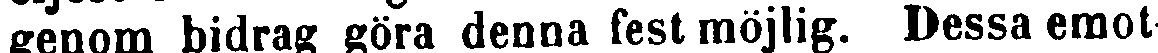
genom bidrag göra denna fest möjlig. Dessa emot-